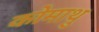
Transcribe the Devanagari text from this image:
कोमाथु